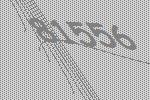
81556